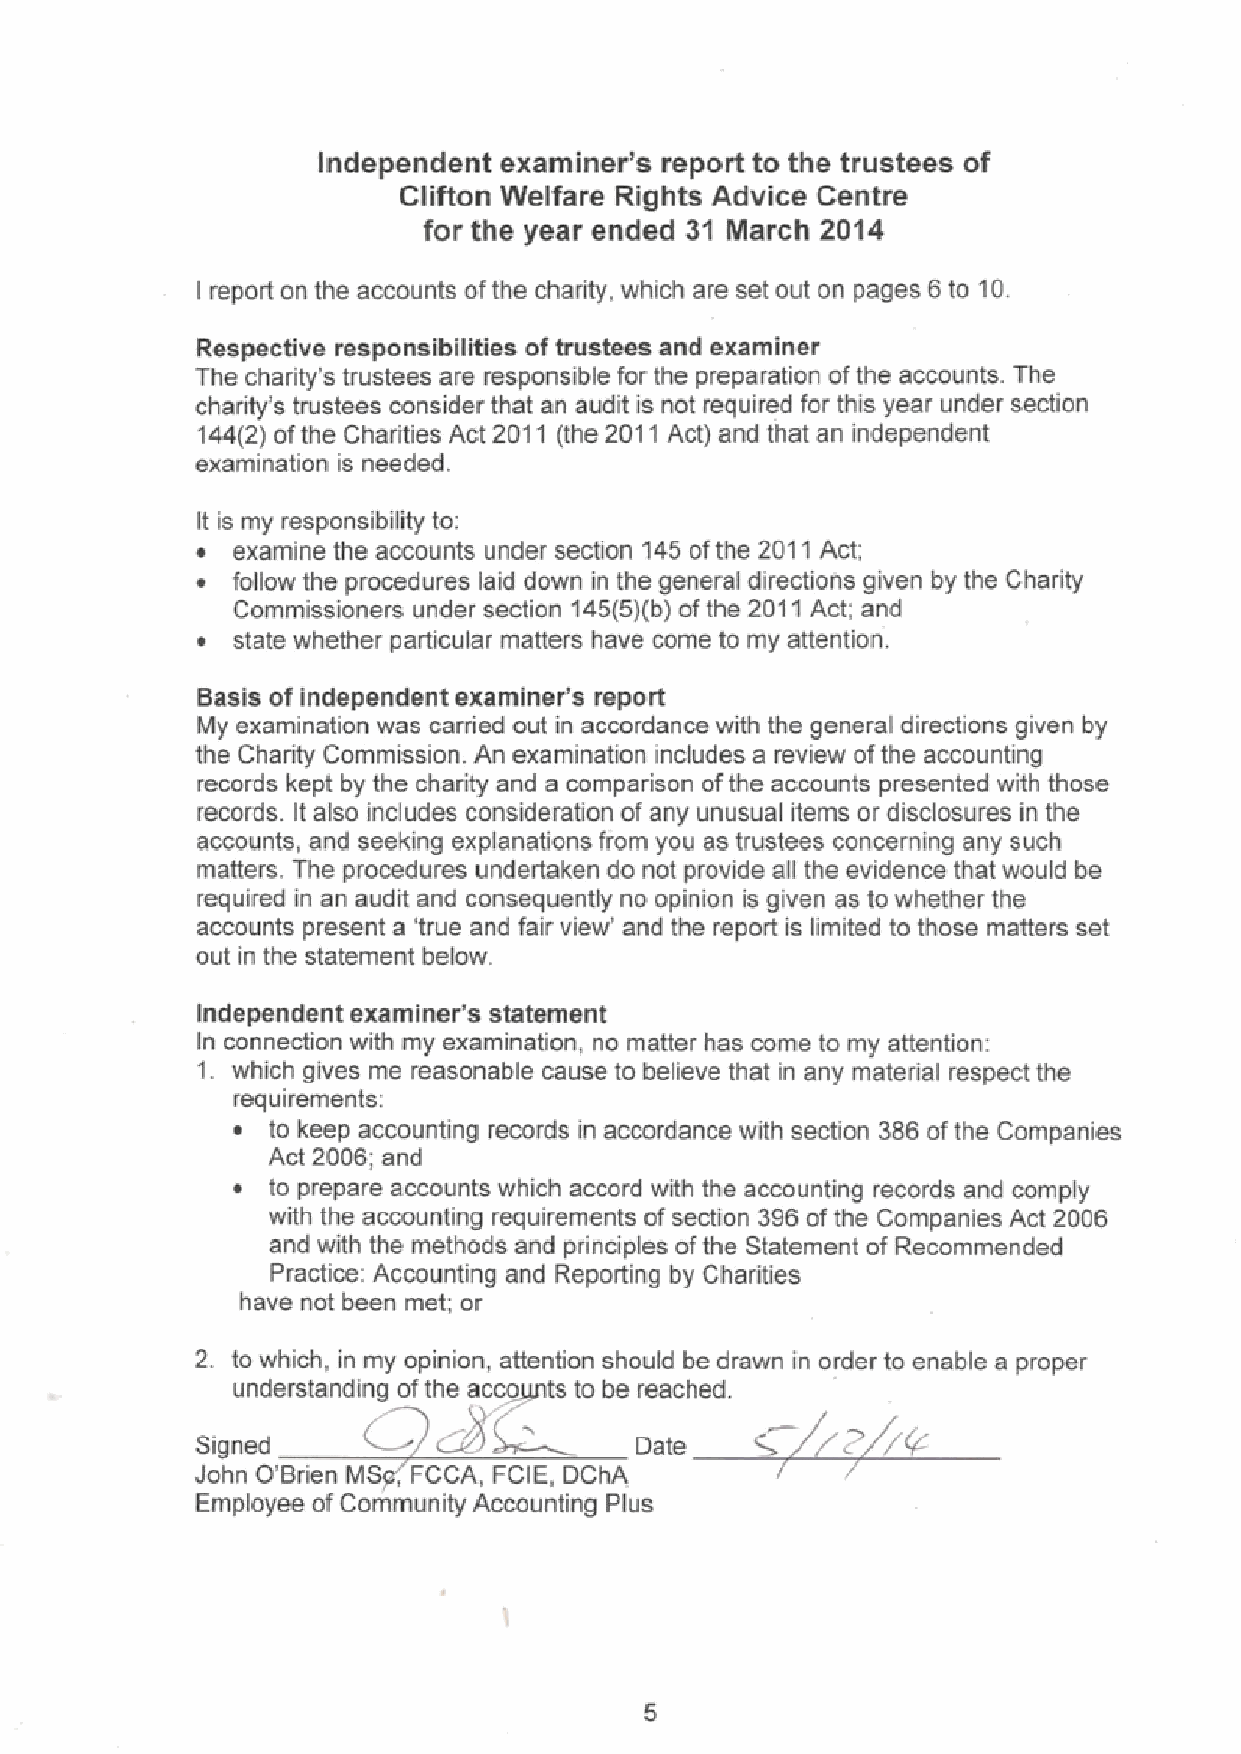
Independent examiner'e report to the trustees of
 Cliftoft Welfare Rights Advice Centre
 for the year ended 31 March 2014
 report on the accounts ofthe charity, which are setout on pages 6to 10.
 I
 Respective responsibilities of trustees and examiner
 The charity's trustees are responsible for the preparation of the accounts. The
 charity's trustees consider that an audit is not required for this year under section
 144(2) ofthe Charities Act 2011 (the 2011 Act) and that an independent
 examination is needed.
 It is roy responsibility to:
 ~ examine the accounts under section 145 ofthe 2011Act;
 ~ follow the procedures laid down in the general directions given by the Charity
 Commissioners under section 145(5)(b)of the 2011Act; and
 state whether particular matters have come to my attention.
 Basis of independent examiner's report
 My examination was carried out in accordance with the general directions given by
 the Charity Commission. An examination includes a review ofthe accounting
 records kept by the charity snd a comparison ofthe accounts presented with those
 records. It also includes consideration of any unusual items or disclosures in the
 sux unts, snd seeking explsnaticns from ycu as trustees concerning any such
 matters. The procedures undertaken do not provide all the evidence that would be
 required in *n audit and coinssquently no opinion is given as to whether the
 accounts present a 'true and fair view' and the report is limited to those matters set
 out in the statement below.
 Independent examiner's statement
 In connection with my examination, no matter has carne to my attention:
 1. which gives me reasonable cause to believe that in any matenal respect the
 requirements:
 ~  to keep accounting records in accordance with section 386ofthe Companies
 Act 2006; and
 ~  to prepare accounts which accord with the accounting records and comply
 with the accounting requirements ofsection 396ofthe Companies Act 2006
 and with the methods and principles ofthe Statement of Recommended
 Practice: Accounting and Reporting by Charities
 have not been met or
 2. to which, in my opinion, attention should be drawn in order to enable a proper
 understanding~of the acco to be reached,
 8
 /0
 sianea          c            oate          ~
 John O' Brien MS, FCCA, FCIE, DChA
 Employee of       Accounting Pfus
 Community